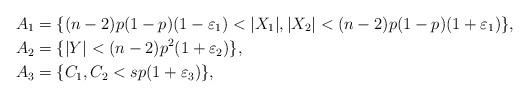
LaTeX: \begin{align*}A_1 &= \{(n-2)p(1-p)(1-\varepsilon_1) < |X_1|,|X_2|< (n-2)p(1-p)(1+\varepsilon_1)\}, \\A_2 &= \{|Y| < (n-2)p^2(1+\varepsilon_2)\}, \\A_3 &= \{C_1,C_2 < sp(1+\varepsilon_3)\}, \\\end{align*}